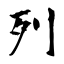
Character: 列